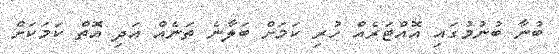
ބުނާ ބުނުމުގައި އޮއްޓަރެއް ހުރި ކަމަށް ބަލާނެ ތަނެއް އަދި އޮތް ކަމަކަށް